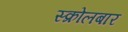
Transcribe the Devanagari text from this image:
स्क्रोलबार